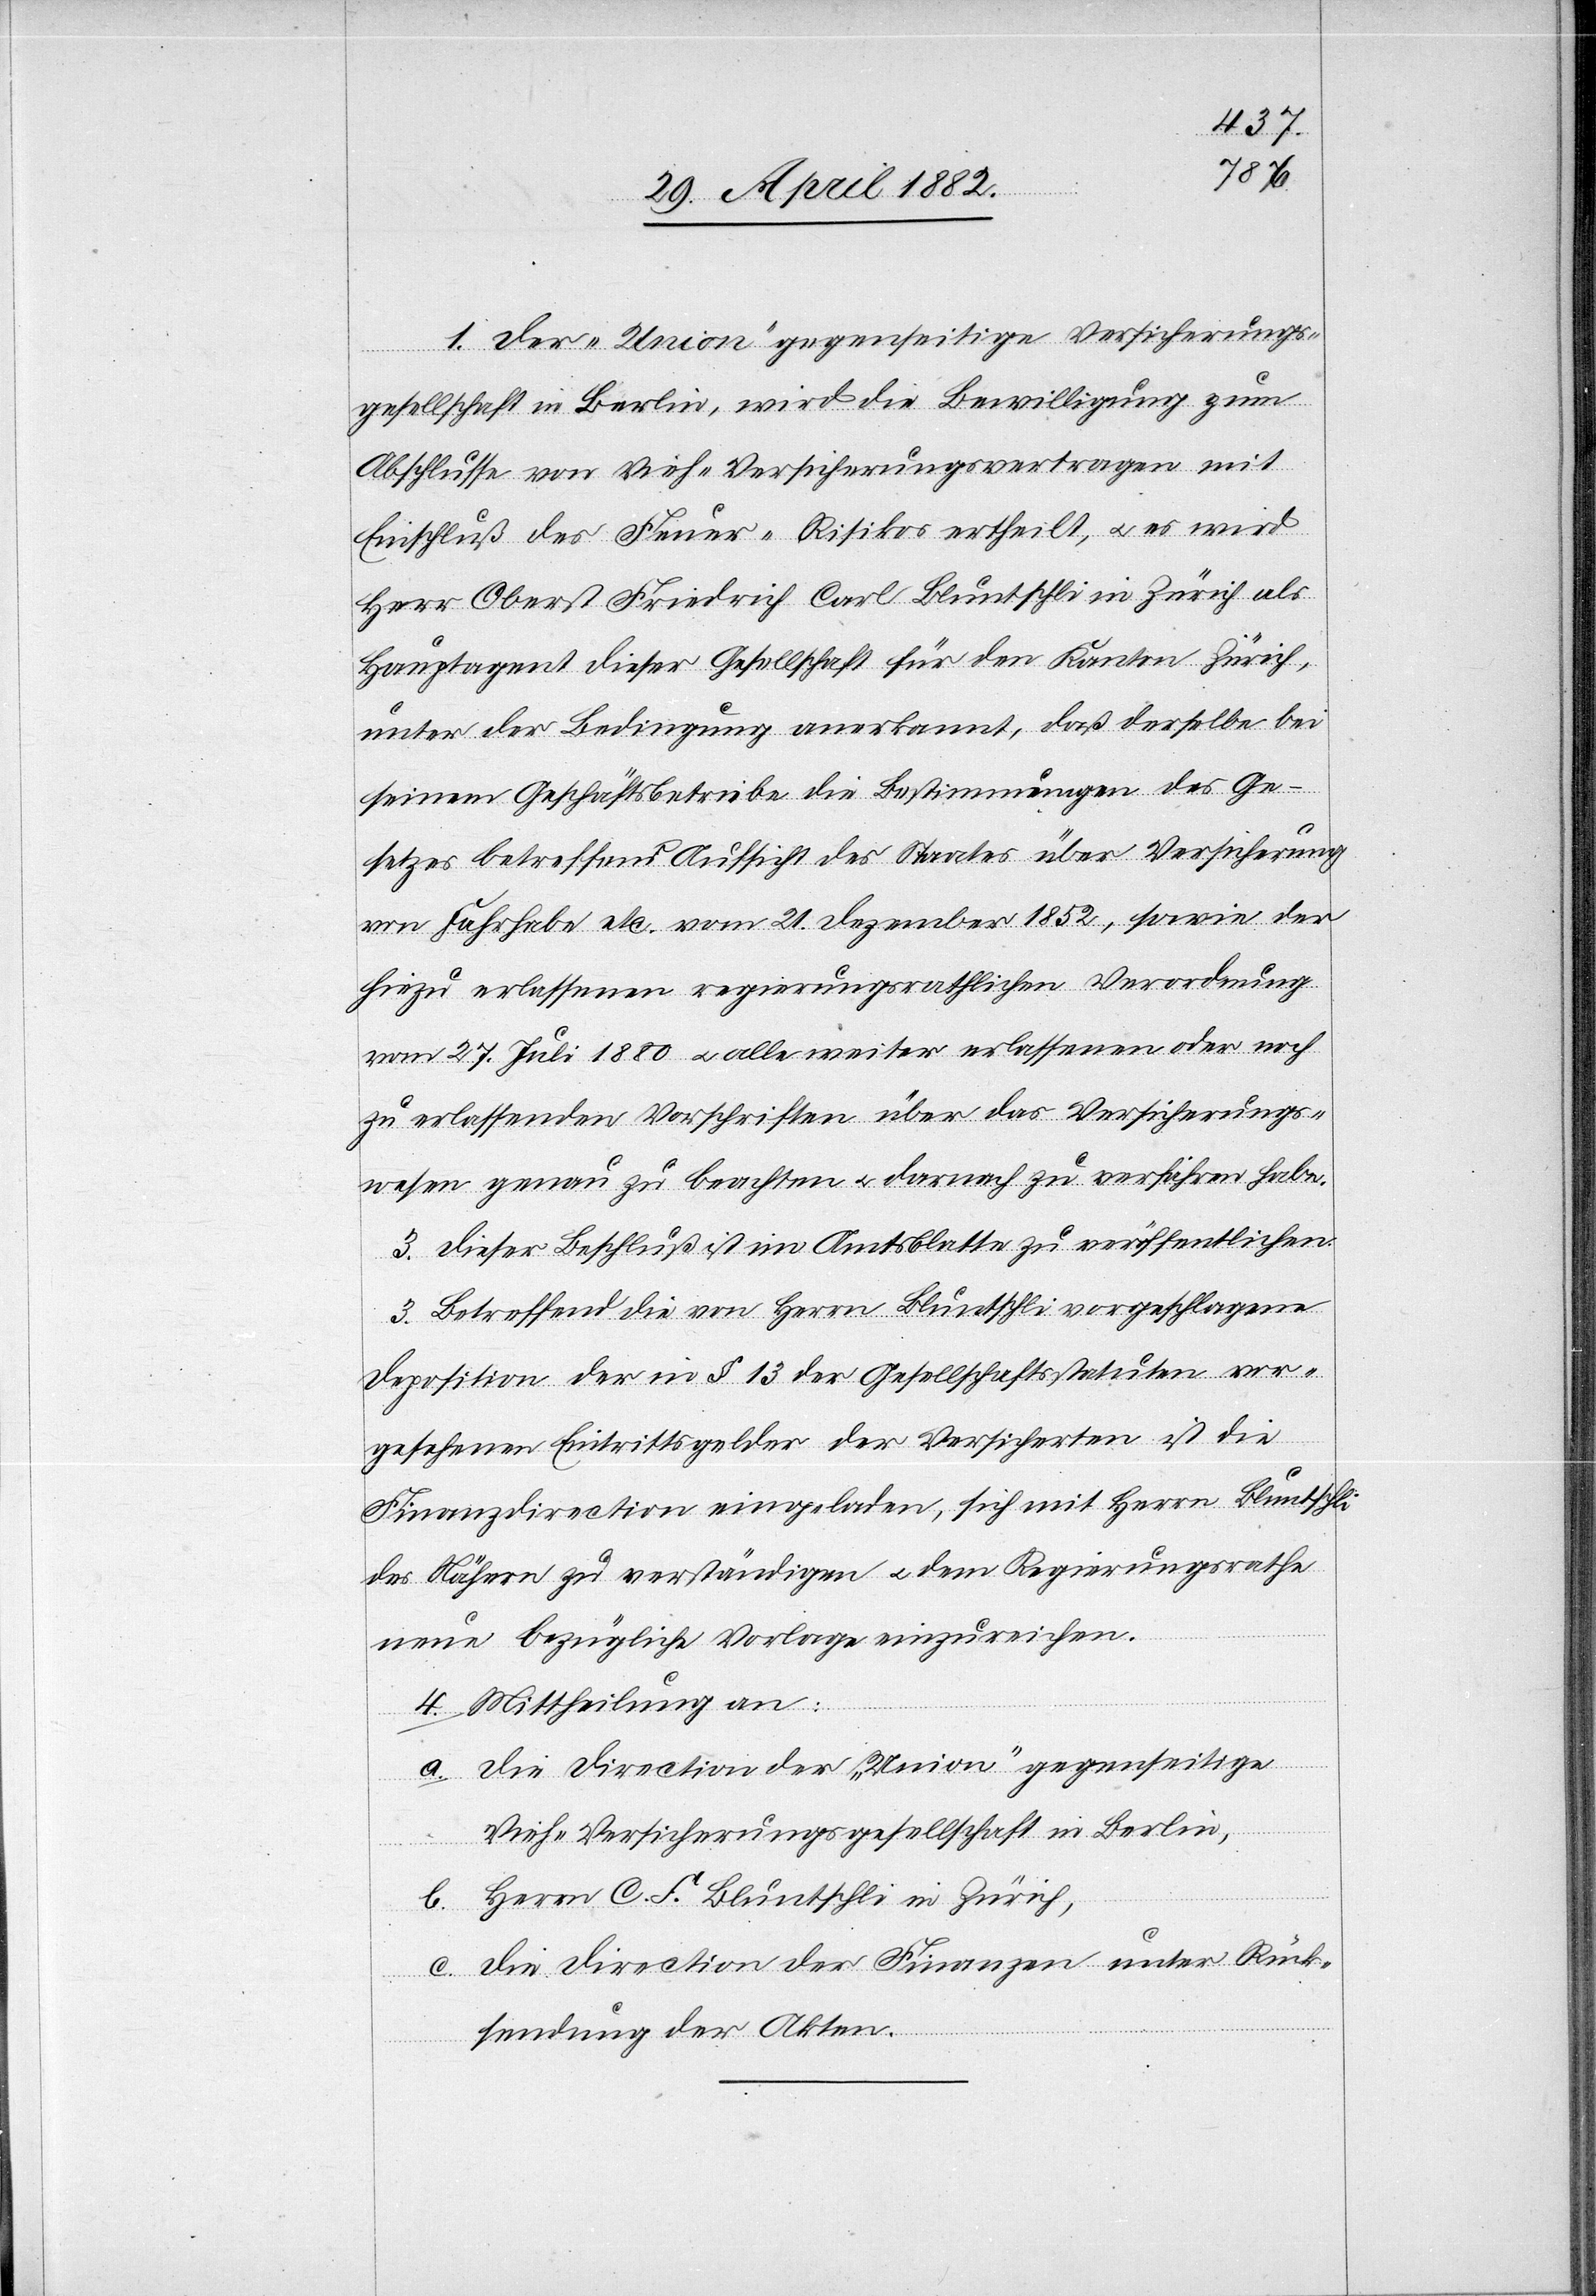
1. Der „Union“[,] gegenseitige Versicherungs¬
gesellschaft in Berlin, wird die Bewilligung zum
Abschlusse von Vieh-Versicherungsverträgen mit
Einschluß des Feuer-Risikos ertheilt, u. es wird
Herr Oberst Friedrich Carl Bluntschli in Zürich als
Hauptagent dieser Gesellschaft für den Kanton Zürich,
unter der Bedingung anerkannt, daß derselbe bei
einem Geschäftsbetriebe die Bestimmungen des Ge¬
setzes betreffen Aufsicht des Staates über Versicherung
von Fahrhabe etc. vom 21. Dezember 1852, sowie der
hiezu erlassenen regierungsräthlichen Verordnung
vom 27. Juli 1880 & alle weiter erlassenen oder noch
zu erlassenden Vorschriften über das Versicherungs¬
wesen genau zu beachten u. darnach zu versichern habe.
2.] Dieser Beschluß ist im Amtsblatte zu veröffentlichen.
3. Betreffend die von Herrn Bluntschli vorgeschlagene
Deposition der in § 13 der Gesellschaftsstatuten vor¬
gesehenen Eintrittsgelder der Versicherten ist die
Finanzdirection eingeladen, sich mit Herrn Bluntschli
des Nähern zu verständigen u. dem Regierungsrathe
neue bezügliche Vorlage einzureichen.
4. Mittheilung an:
a. Die Direction der „Union“ gegenseitige
Vieh-Versicherungsgesellschaft in Berlin,
b. Herrn C. F. [sic!] Bluntschli in Zürich,
c. Die Direction der Finanzen unter Rück¬
sendung der Akten.